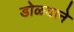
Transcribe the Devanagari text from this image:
डोळयाने